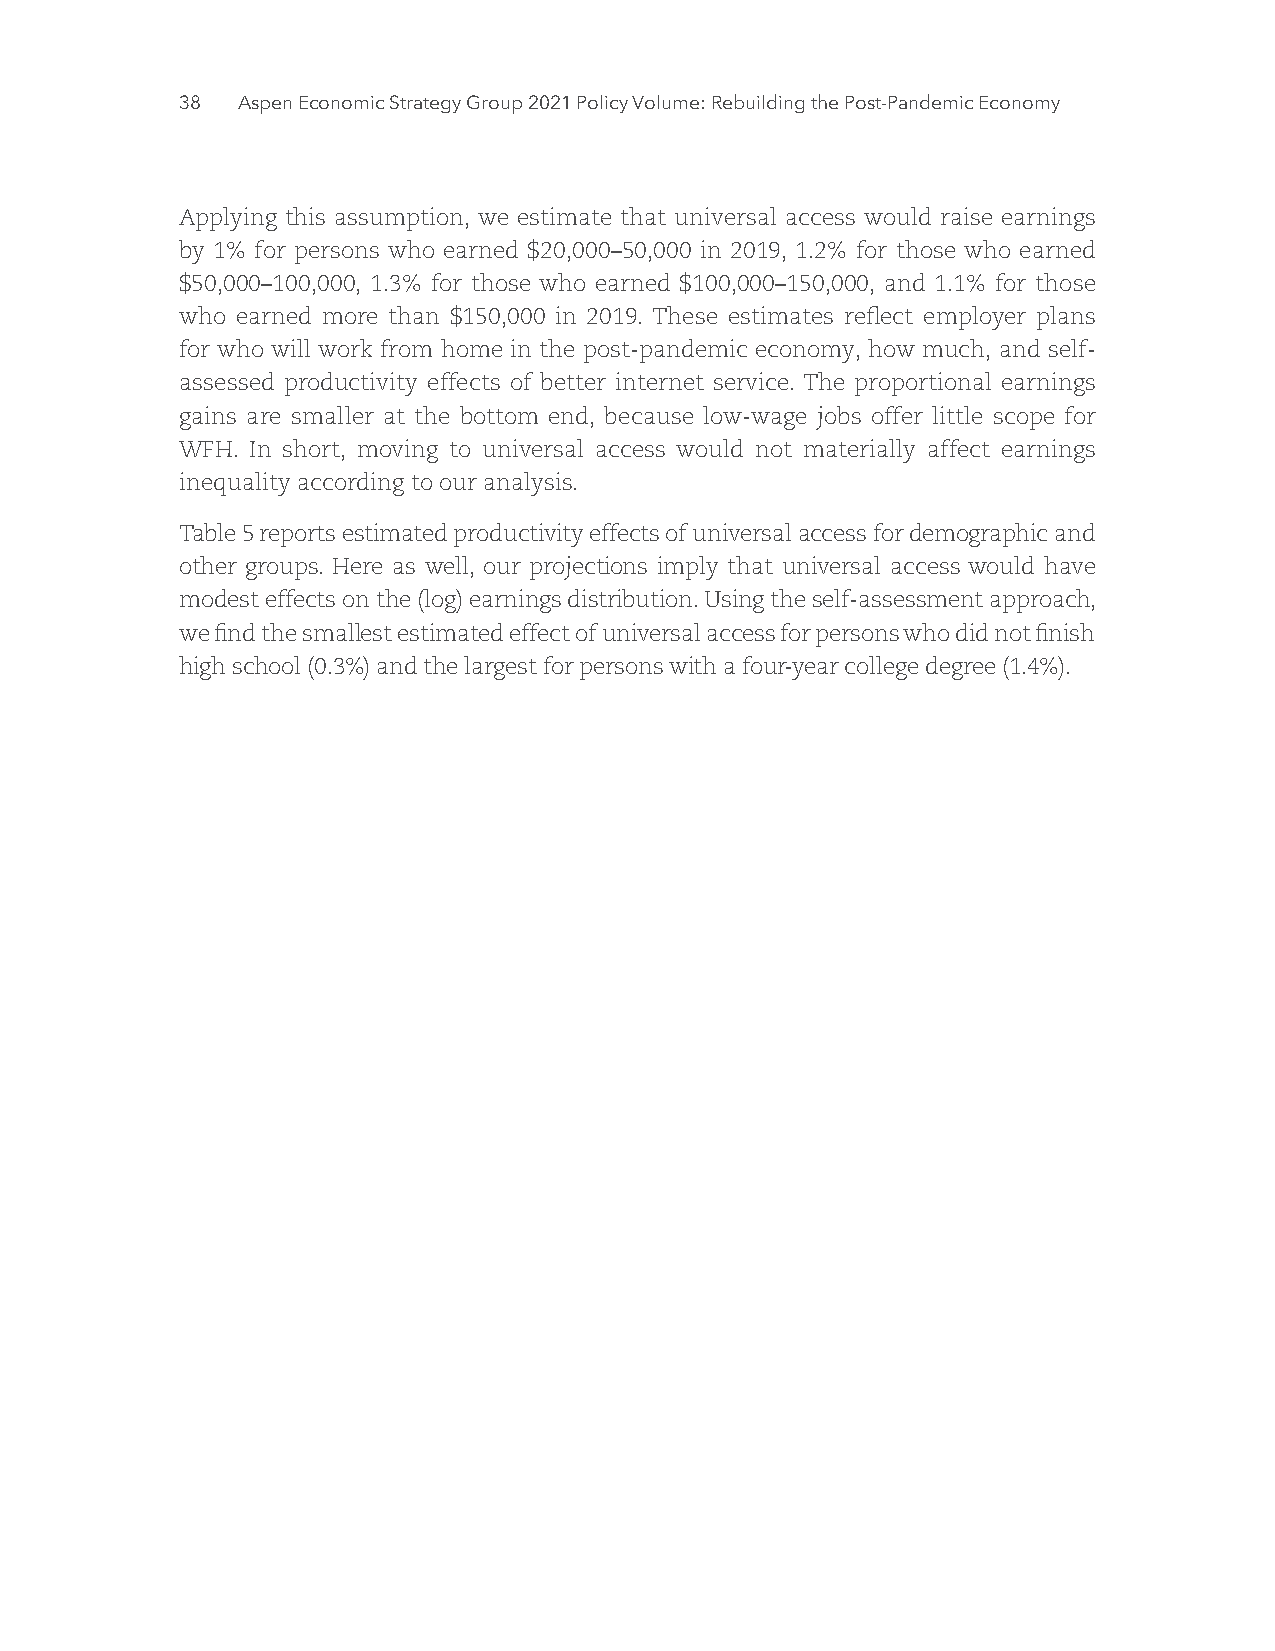
38  Part I: The Post-Pandemic Economic Recovery
 Applying this assumption, we estimate that universal access would raise earnings
 by 1% for persons who earned $20,000–50,000 in 2019, 1.2% for those who earned
 $50,000–100,000, 1.3% for those who earned $100,000–150,000, and 1.1% for those
 who earned more than $150,000 in 2019. These estimates reflect employer plans
 for who will work from home in the post-pandemic economy, how much, and self-
 assessed productivity effects of better internet service. The proportional earnings
 gains are smaller at the bottom end, because low-wage jobs offer little scope for
 WFH. In short, moving to universal access would not materially affect earnings
 inequality according to our analysis.
 Table 5 reports estimated productivity effects of universal access for demographic and
 other groups. Here as well, our projections imply that universal access would have
 modest effects on the (log) earnings distribution. Using the self-assessment approach,
 we find the smallest estimated effect of universal access for persons who did not finish
 high school (0.3%) and the largest for persons with a four-year college degree (1.4%).